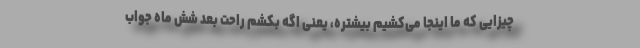
چیزایی که ما اینجا می‌کشیم بیشتره، یعنی اگه بکشم راحت بعد شش ماه جواب